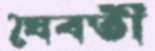
যৈবতী